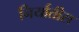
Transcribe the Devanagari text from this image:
निर्यातीस